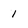
Character: l